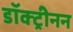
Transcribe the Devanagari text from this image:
डॉक्ट्रीनन